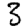
Digit: 3